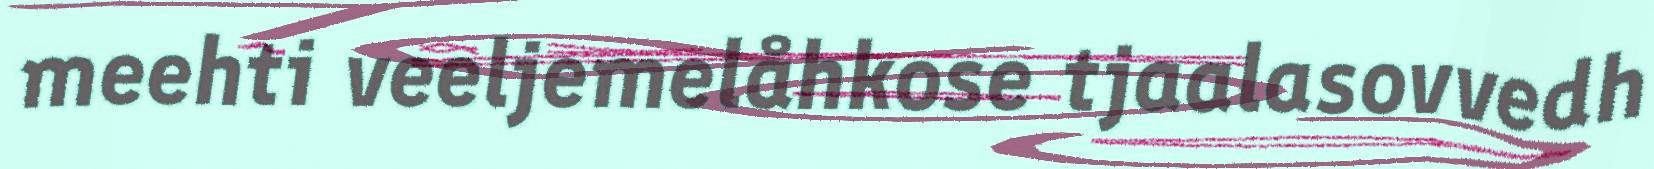
meehti veeljemelåhkose tjaalasovvedh